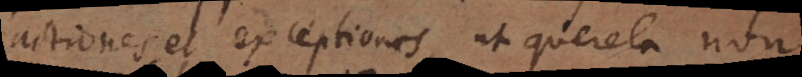
actiones et exceptiones, ut querela non